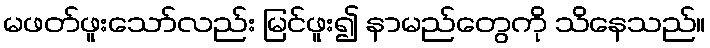
မဖတ်ဖူးသော်လည်း မြင်ဖူး၍ နာမည်တွေကို သိနေသည်။